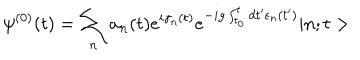
\psi ^ { ( 0 ) } ( t ) = \sum _ { n } a _ { n } ( t ) e ^ { i \gamma _ { n } ( t ) } e ^ { - i g \int _ { t _ { 0 } } ^ { t } d t ^ { \prime } \epsilon _ { n } ( t ^ { \prime } ) } | n ; t >